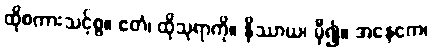
ထိုစကားသင့်စွ။ ဧတံ၊ ထိုသုရာကို။ နိဿာယ၊ မှီ၍။ အနေကေ၊